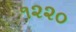
૧૨૨૦